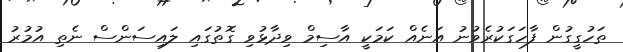
ތަހުގީގުން ފާހަގަކުރެވުނު އަނެއް ކަމަކީ އާސިމް ވިދާޅުވި ގޮތުގައި ލައިސަންސް ނެތި އުމުރު